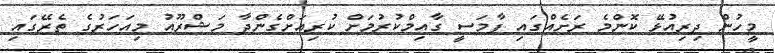
މީހުން ދިރިއުޅޭ ކޮންމެ ރަށެއްގައި ފާމަސީ ގާއިމްކުރުމަށް ކުރިއަށްގެންދާ މަޝްރޫއު މިއަހަރުގެ ތެރޭގައި